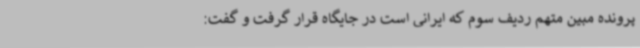
پرونده مبین متهم ردیف سوم که ایرانی است در جایگاه قرار گرفت و گفت: